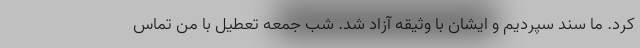
کرد. ما سند سپردیم و ایشان با وثیقه آزاد شد. شب جمعه تعطیل با من تماس